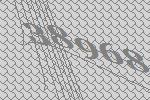
38968